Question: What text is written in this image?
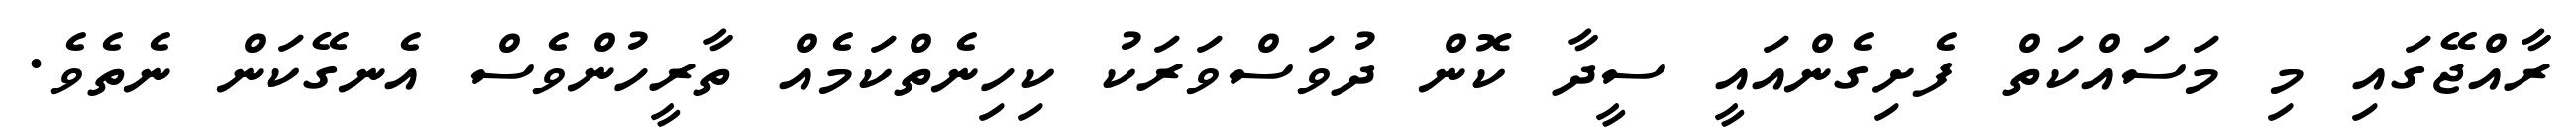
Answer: ރާއްޖޭގައި މި މަސައްކަތް ފެށިގެންއައީ ސީދާ ކޮން ދުވަސްވަރަކު ކިހިނެތްކަމެއް ތާރީހުންވެސް އެނގޭކަން ނެތެވެ.